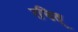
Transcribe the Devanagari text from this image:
रचित्